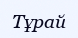
Тұрай